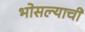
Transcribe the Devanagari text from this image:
भोसल्याची